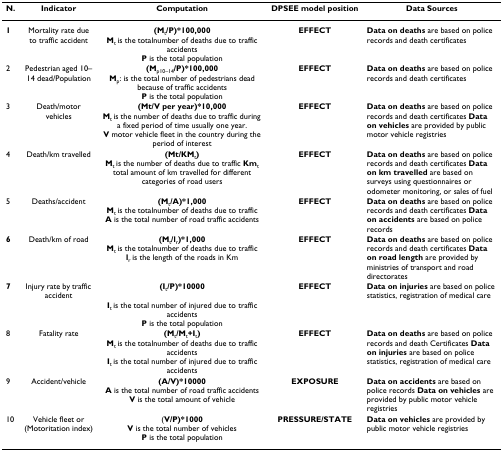
| N. | Indicator | Computation | DPSEE model position | Data Sources |
 | --- | --- | --- | --- | --- |
 | 1 | Mortality rate due to traffic accident | (Mt/P)*100,000Mt is the totalnumber of deaths due to traffic accidentsP is the total population | EFFECT | Data on deaths are based on police records and death certificates |
 | 2 | Pedestrian aged 10–14 dead/Population | (Mp10–14/P)*100,000Mp: is the total number of pedestrians dead because of traffic accidentsP is the total population | EFFECT | Data on deaths are based on police records and death certificates |
 | 3 | Death/motor vehicles | (Mt/V per year)*10,000Mt is the number of deaths due to traffic during a fixed period of time usually one year.V motor vehicle fleet in the country during the period of interest | EFFECT | Data on deaths are based on police records and death certificates Data on vehicles are provided by public motor vehicle registries |
 | 4 | Death/km travelled | (Mt/KMt) Mt is the number of deaths due to traffic Kmt total amount of km travelled for different categories of road users | EFFECT | Data on deaths are based on police records and death certificates Data on km travelled are based on surveys using questionnaires or odometer monitoring, or sales of fuel |
 | 5 | Deaths/accident | (Mt/A)*1,000Mt is the totalnumber of deaths due to trafficA is the total number of road traffic accidents | EFFECT | Data on deaths are based on police records and death certificates Data on accidents are based on police records |
 | 6 | Death/km of road | (Mt/lr)*1,000Mt is the totalnumber of deaths due to trafficlr is the length of the roads in Km | EFFECT | Data on deaths are based on police records and death certificates Data on road length are provided by ministries of transport and road directorates |
 | 7 | Injury rate by traffic accident | (It/P)*10000It is the total number of injured due to traffic accidentsP is the total population | EFFECT | Data on injuries are based on police statistics, registration of medical care |
 | 8 | Fatality rate | (Mt/Mt+It)Mt is the totalnumber of deaths due to traffic accidentsIt is the total number of injured due to traffic accidents | EFFECT | Data on deaths are based on police records and death Certificates Data on injuries are based on police statistics, registration of medical care |
 | 9 | Accident/vehicle | (A/V)*10000A is the total number of road traffic accidentsV is the total amount of vehicle | EXPOSURE | Data on accidents are based on police records Data on vehicles are provided by public motor vehicle registries |
 | 10 | Vehicle fleet or (Motoritation index) | (V/P)*1000V is the total number of vehiclesP is the total population | PRESSURE/STATE | Data on vehicles are provided by public motor vehicle registries |